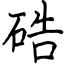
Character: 硞